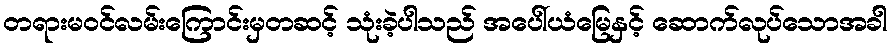
တရားမဝင်လမ်းကြောင်းမှတဆင့် သုံးခဲ့ပါသည် အပေါ်ယံမြေနှင့် ဆောက်လုပ်သောအခါ